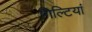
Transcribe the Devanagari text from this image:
गिल्टियां